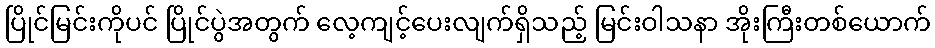
ပြိုင်မြင်းကိုပင် ပြိုင်ပွဲအတွက် လေ့ကျင့်ပေးလျက်ရှိသည့် မြင်းဝါသနာ အိုးကြီးတစ်ယောက်